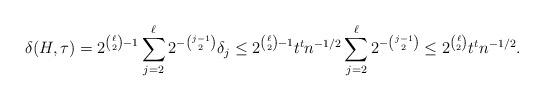
LaTeX: \begin{align*} \delta(H,\tau) = 2^{\binom{\ell}{2}-1} \sum_{j=2}^{\ell} 2^{-\binom{j-1}{2}} \delta_j \leq 2^{\binom{\ell}{2}-1} t^t n^{-1/2} \sum_{j=2}^{\ell} 2^{-\binom{j-1}{2}} \leq 2^{\binom{\ell}{2}} t^t n^{-1/2}. \end{align*}